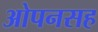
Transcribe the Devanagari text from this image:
ओपनसह